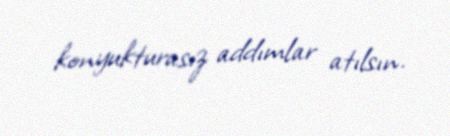
konyukturasız addımlar atılsın.